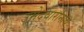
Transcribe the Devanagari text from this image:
उमेदवारांनाच